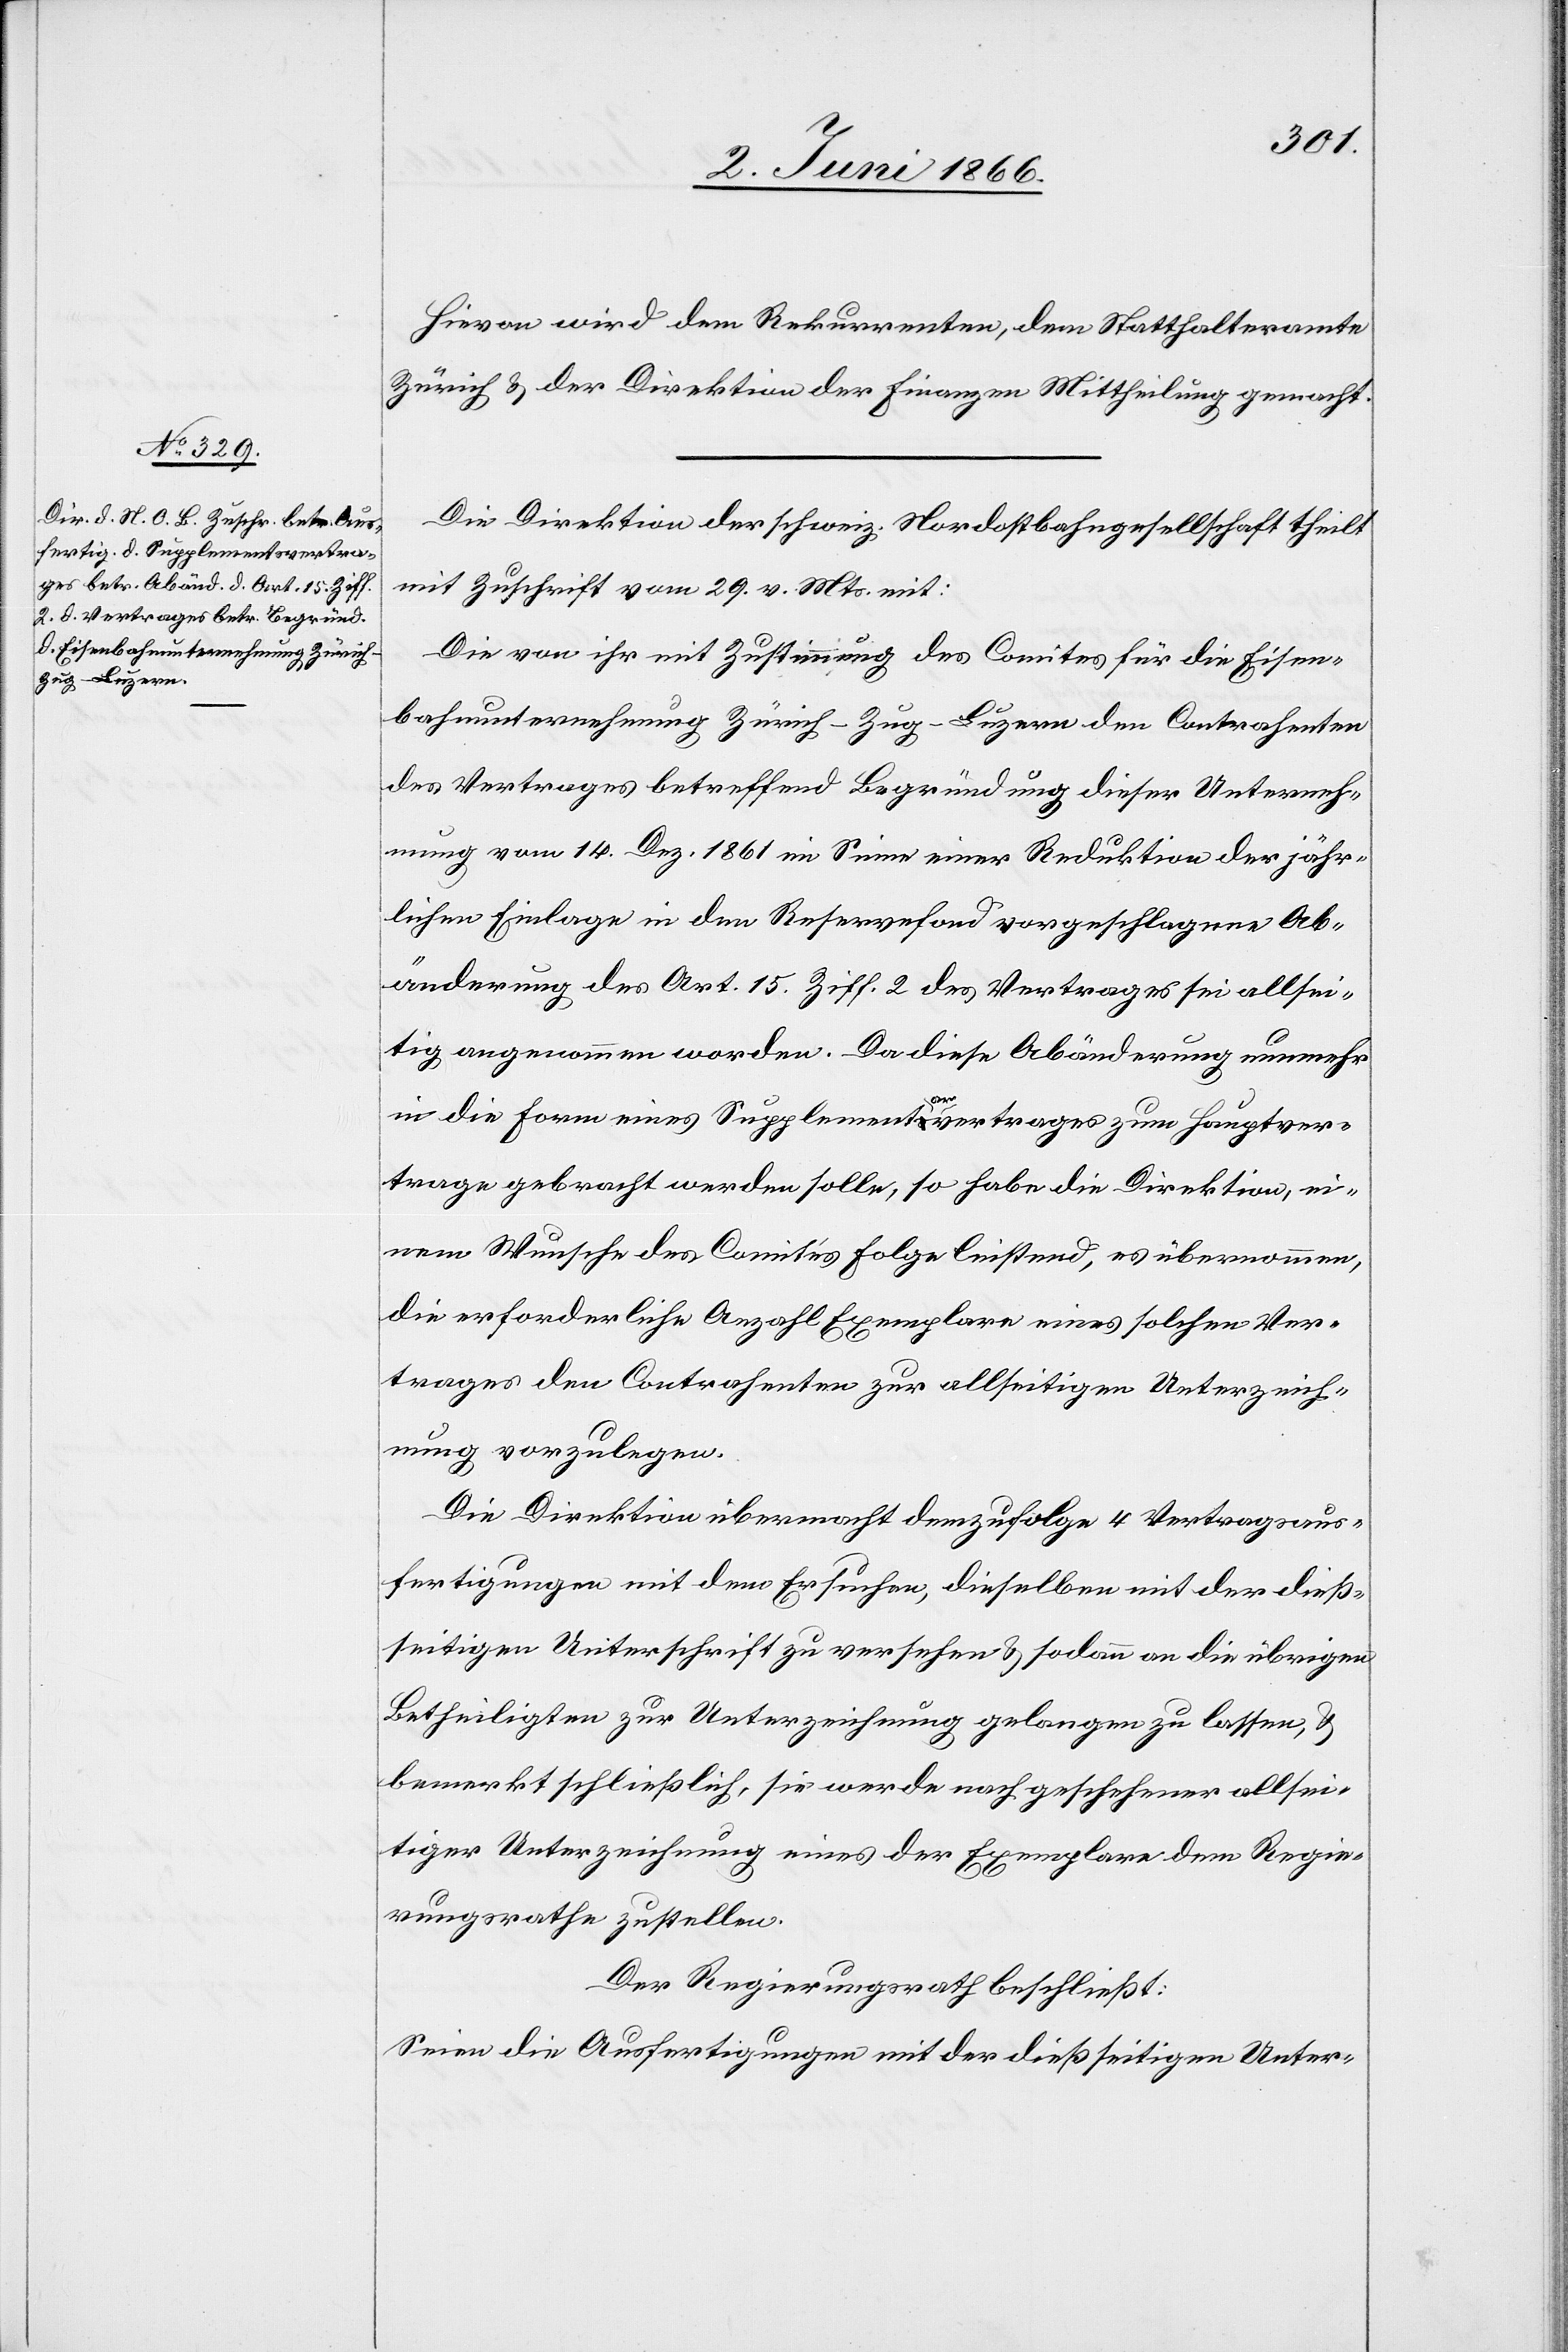
Hievon wird dem Rekurrenten, dem Statthalteramte
Zürich u. der Direktion der Finanzen Mittheilung gemacht.
Die Direktion der schweiz. Nordostbahngesellschaft theilt
mit Zuschrift vom 29. v. Mts. mit:
Die von ihr mit Zustimmung des Comites für die Eisen¬
bahnunternehmung Zürich–Zug–Luzern den Contrahenten
des Vertrages betreffend Begründung dieser Unterneh¬
mung vom 14. Dez. 1861 im Sinne einer Reduktion der jähr¬
lichen Einlage in den Reservefond vorgeschlagene Ab¬
änderung des Art. 15. Ziff. 2 des Vertrages sei allsei¬
tig angenommen worden. Da diese Abänderung nunmehr
in die Form eines Supplementarvertrages zum Hauptver¬
trage gebracht werden solle, so habe die Direktion, ei¬
nem Wunsche des Comités Folge leistend, es übernommen,
die erforderliche Anzahl Exemplare eines solchen Ver¬
trages den Contrahenten zur allseitigen Unterzeich¬
nung vorzulegen.
Die Direktion übermacht demzufolge 4 Vertragsaus¬
fertigungen mit dem Ersuchen, dieselben mit der dieß¬
seitigen Unterschrift zu versehen u. sodann an die übrigen
Betheiligten zur Unterzeichnung gelangen zu lassen, u.
bemerkt schließlich, sie werde nach geschehener allsei¬
tiger Unterzeichnung eines der Exemplare dem Regie¬
rungsrathe zustellen.
Der Regierungsrath beschließt:
Seien die Ausfertigungen mit der dießseitigen Unter-